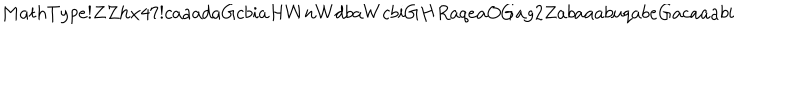
M a t h T y p e ! Z Z h x 4 7 ! c a a a d a G c b i a H W n W d b a W c b i G H R a q e a O G a g 2 Z a b a a a b u q a b e G a c a a a b i